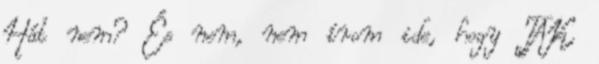
Hát nem? És nem, nem írom ide, hogy TAK,